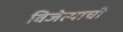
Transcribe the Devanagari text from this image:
विजेत्याची